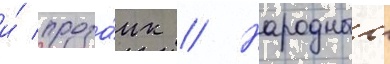
и́ проза́ик // Народныи